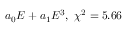
a _ { 0 } E + a _ { 1 } E ^ { 3 } , \ \chi ^ { 2 } = 5 . 6 6